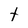
Character: t